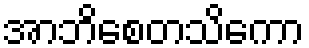
အာဘိစေတသိကော